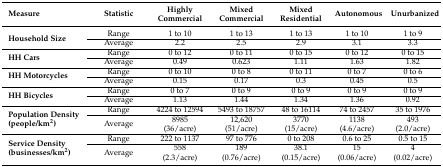
<table><thead><tr><td><b>Measure</b></td><td><b>Statistic</b></td><td><b>Highly Commercial</b></td><td><b>Mixed Commercial</b></td><td><b>Mixed Residential</b></td><td><b>Autonomous</b></td><td><b>Unurbanized</b></td></tr></thead><tbody><tr><td rowspan="2"><b>Household Size</b></td><td>Range</td><td>1 to 10</td><td>1 to 13</td><td>1 to 13</td><td>1 to 10</td><td>1 to 9</td></tr><tr><td>Average</td><td>2.2</td><td>2.5</td><td>2.9</td><td>3.1</td><td>3.3</td></tr><tr><td rowspan="2"><b>HH Cars</b></td><td>Range</td><td>0 to 12</td><td>0 to 11</td><td>0 to 15</td><td>0 to 12</td><td>0 to 15</td></tr><tr><td>Average</td><td>0.49</td><td>0.623</td><td>1.11</td><td>1.63</td><td>1.82</td></tr><tr><td rowspan="2"><b>HH Motorcycles</b></td><td>Range</td><td>0 to 10</td><td>0 to 8</td><td>0 to 11</td><td>0 to 7</td><td>0 to 6</td></tr><tr><td>Average</td><td>0.15</td><td>0.17</td><td>0.3</td><td>0.45</td><td>0.5</td></tr><tr><td rowspan="2"><b>HH Bicycles</b></td><td>Range</td><td>0 to 7</td><td>0 to 9</td><td>0 to 9</td><td>0 to 9</td><td>0 to 9</td></tr><tr><td>Average</td><td>1.13</td><td>1.44</td><td>1.34</td><td>1.36</td><td>0.92</td></tr><tr><td rowspan="2"><b>Population Density (people/km<sup>2</sup>)</b></td><td>Range</td><td>4224 to 12594</td><td>5493 to 18757</td><td>48 to 16114</td><td>74 to 2457</td><td>35 to 1976</td></tr><tr><td>Average</td><td>8985 (36/acre)</td><td>12,620 (51/acre)</td><td>3770 (15/acre)</td><td>1138 (4.6/acre)</td><td>493 (2.0/acre)</td></tr><tr><td rowspan="2"><b>Service Density (businesses/km<sup>2</sup>)</b></td><td>Range</td><td>222 to 1137</td><td>97 to 776</td><td>0 to 208</td><td>0.6 to 25</td><td>0.5 to 15</td></tr><tr><td>Average</td><td>558 (2.3/acre)</td><td>189 (0.76/acre)</td><td>38.1 (0.15/acre)</td><td>15 (0.06/acre)</td><td>4 (0.02/acre)</td></tr></tbody></table>